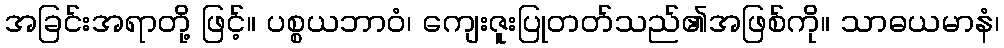
အခြင်းအရာတို့ ဖြင့်။ ပစ္စယဘာဝံ၊ ကျေးဇူးပြုတတ်သည်၏အဖြစ်ကို။ သာဓယမာနံ၊